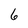
Character: 6